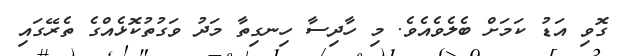
ގޮވި އަޑު ކަމަށް ބެލެވެއެވެ. މި ހާދިސާ ހިނގިތާ މަދު ވަގުތުކޮޅެއްގެ ތެރޭގައި